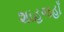
શાહજહાઁ